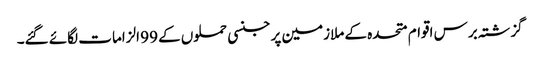
گزشتہ برس اقوام متحدہ کے ملازمین پر جنسی حملوں کے 99 الزامات لگائے گئے۔